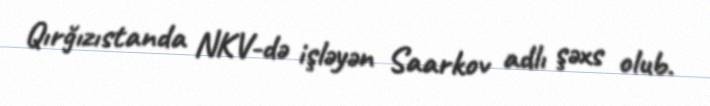
Qırğızıstanda NKV-də işləyən Saarkov adlı şəxs olub.